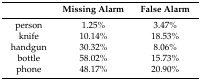
<table><thead><tr><td></td><td><b>Missing Alarm</b></td><td><b>False Alarm</b></td></tr></thead><tbody><tr><td>person</td><td>1.25%</td><td>3.47%</td></tr><tr><td>knife</td><td>10.14%</td><td>18.53%</td></tr><tr><td>handgun</td><td>30.32%</td><td>8.06%</td></tr><tr><td>bottle</td><td>58.02%</td><td>15.73%</td></tr><tr><td>phone</td><td>48.17%</td><td>20.90%</td></tr></tbody></table>